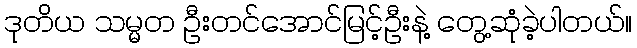
ဒုတိယ သမ္မတ ဦးတင်အောင်မြင့်ဦးနဲ့ တွေ့ဆုံခဲ့ပါတယ်။